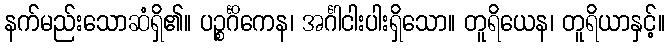
နက်မည်းသောဆံရှိ၏။ ပဉ္စင်္ဂိကေန၊ အင်္ဂါငါးပါးရှိသော။ တူရိယေန၊ တူရိယာနှင့်။